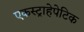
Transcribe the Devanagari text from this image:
एकस्ट्राहेपेटिक